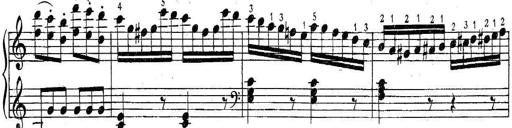
Title: 6 Easy Sonatinas
Composer: Carl Czerny